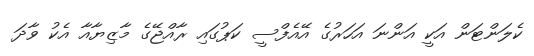
ކެލަންޓަން އަކީ އަންނަ އަހަރުގެ އޭއެފްސީ ކަޕުގައި ރާއްޖޭގެ މާޒިޔާއާ އެކު ވާދަ